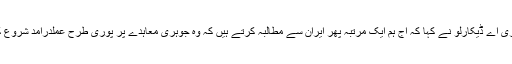
روزماری اے ڈیکارلو نے کہا کہ آج ہم ایک مرتبہ پھر ایران سے مطالبہ کرتے ہیں کہ وہ جوہری معاہدے پر پوری طرح عملدرآمد شروع کر دے۔